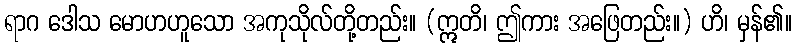
ရာဂ ဒေါသ မောဟဟူသော အကုသိုလ်တို့တည်း။ (ဣတိ၊ ဤကား အဖြေတည်း။) ဟိ၊ မှန်၏။